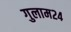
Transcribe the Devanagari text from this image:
गुलाम२४